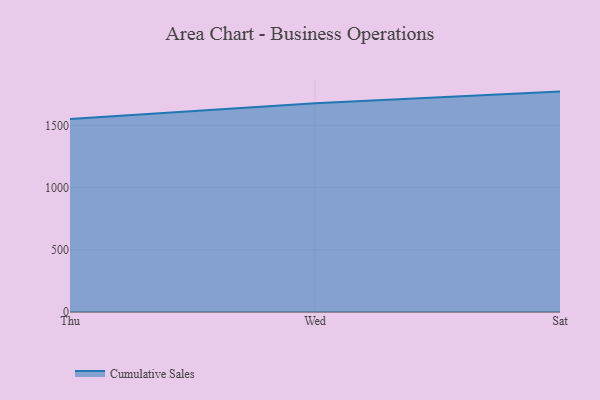
{"axis": {"x": "Day", "y": "Active Users"}, "legend": ["Cumulative Sales"], "data": [{"x": "Thu", "y": 1551.5, "type": "Cumulative Sales"}, {"x": "Wed", "y": 1677.9, "type": "Cumulative Sales"}, {"x": "Sat", "y": 1771.8, "type": "Cumulative Sales"}]}